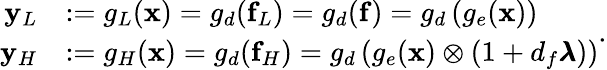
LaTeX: \begin{array}{rl}{\mathbf{y}_{L}}&{:=g_{L}(\mathbf{x})=g_{d}(\mathbf{f}_{L})=g_{d}(\mathbf{f})=g_{d}\left(g_{e}(\mathbf{x})\right)}\\ {\mathbf{y}_{H}}&{:=g_{H}(\mathbf{x})=g_{d}(\mathbf{f}_{H})=g_{d}\left(g_{e}(\mathbf{x})\otimes\left(1+d_{f}\pmb{\lambda}\right)\right)}\end{array}.